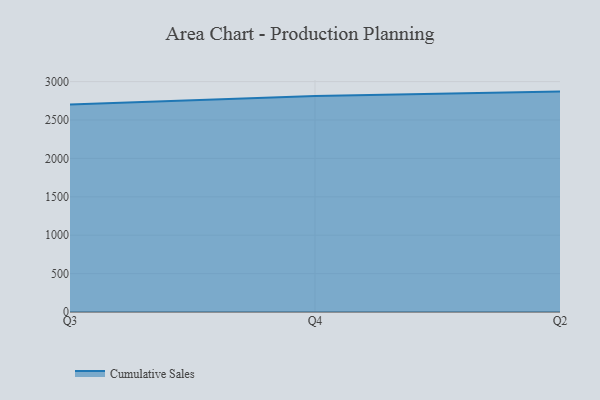
{"axis": {"x": "Quarter", "y": "Tickets Resolved"}, "legend": ["Cumulative Sales"], "data": [{"x": "Q3", "y": 2701.3, "type": "Cumulative Sales"}, {"x": "Q4", "y": 2813.2, "type": "Cumulative Sales"}, {"x": "Q2", "y": 2870.0, "type": "Cumulative Sales"}]}